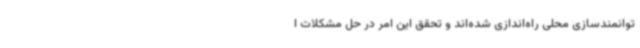
توانمندسازی محلی راه‌اندازی شده‌اند و تحقق این امر در حل مشکلات ا